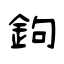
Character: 鉤